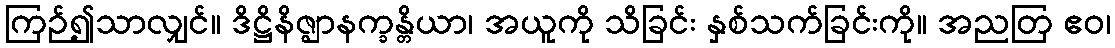
ကြဉ်၍သာလျှင်။ ဒိဋ္ဌိနိဇ္ဈာနက္ခန္တိယာ၊ အယူကို သိခြင်း နှစ်သက်ခြင်းကို။ အညတြ ဧဝ၊